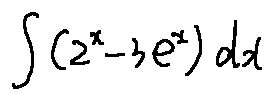
\int ( 2 ^ { x } - 3 e ^ { x } ) d x